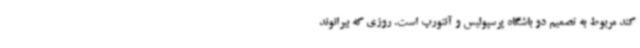
کند مربوط به تصمیم دو باشگاه پرسپولیس و آنتورپ است. روزی که بیرانوند